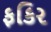
ફકિર